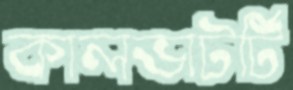
কালভাটর্টি